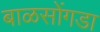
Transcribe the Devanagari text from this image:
बाळसोंगडा